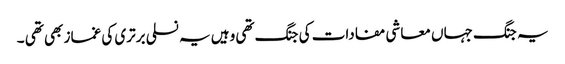
یہ جنگ جہاں معاشی مفادات کی جنگ تھی وہیں یہ نسلی برتری کی غماز بھی تھی ۔